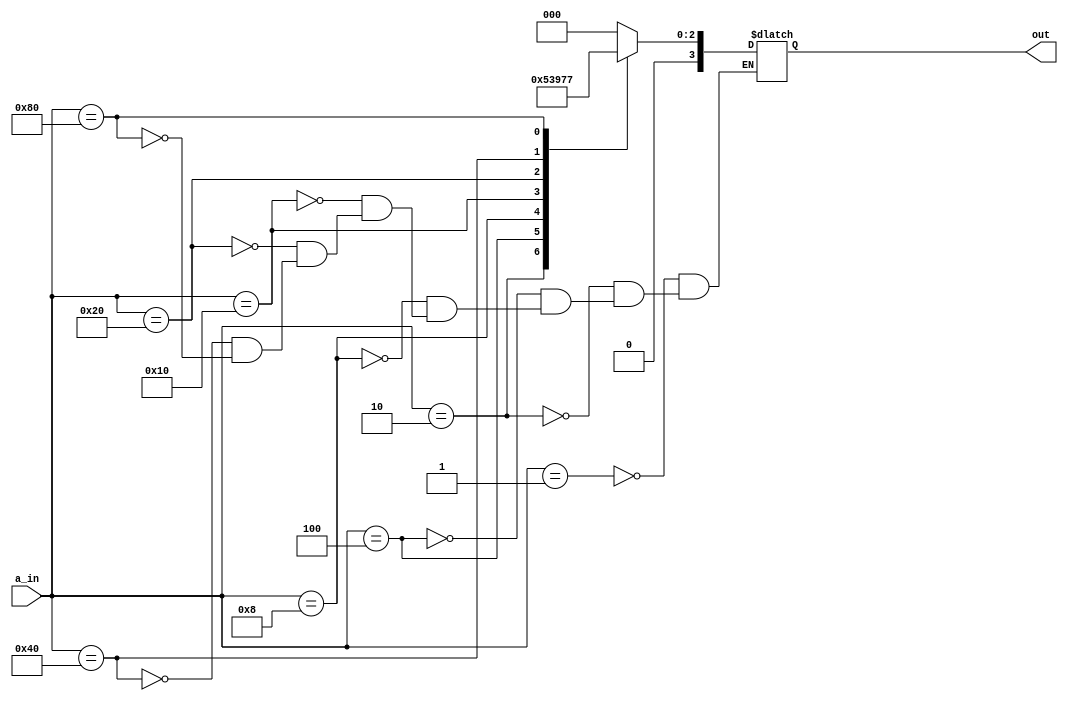
// _______________________________________________________
// 8to3 Encoder...........................................
// _______________________________________________________
 


module Encoder_8to3(out,a_in);
  
  input [7:0] a_in;
  output reg [3:0] out; 
  
  always @(a_in)
    begin
      case(a_in)
        8'b00000001 : out=3'b000;
        8'b00000010 : out=3'b001;
        8'b00000100 : out=3'b010;
        8'b00001000 : out=3'b011;
        8'b00010000 : out=3'b100;
        8'b00100000 : out=3'b101;
        8'b01000000 : out=3'b110;
        8'b10000000 : out=3'b111;
      endcase
    end
endmodule